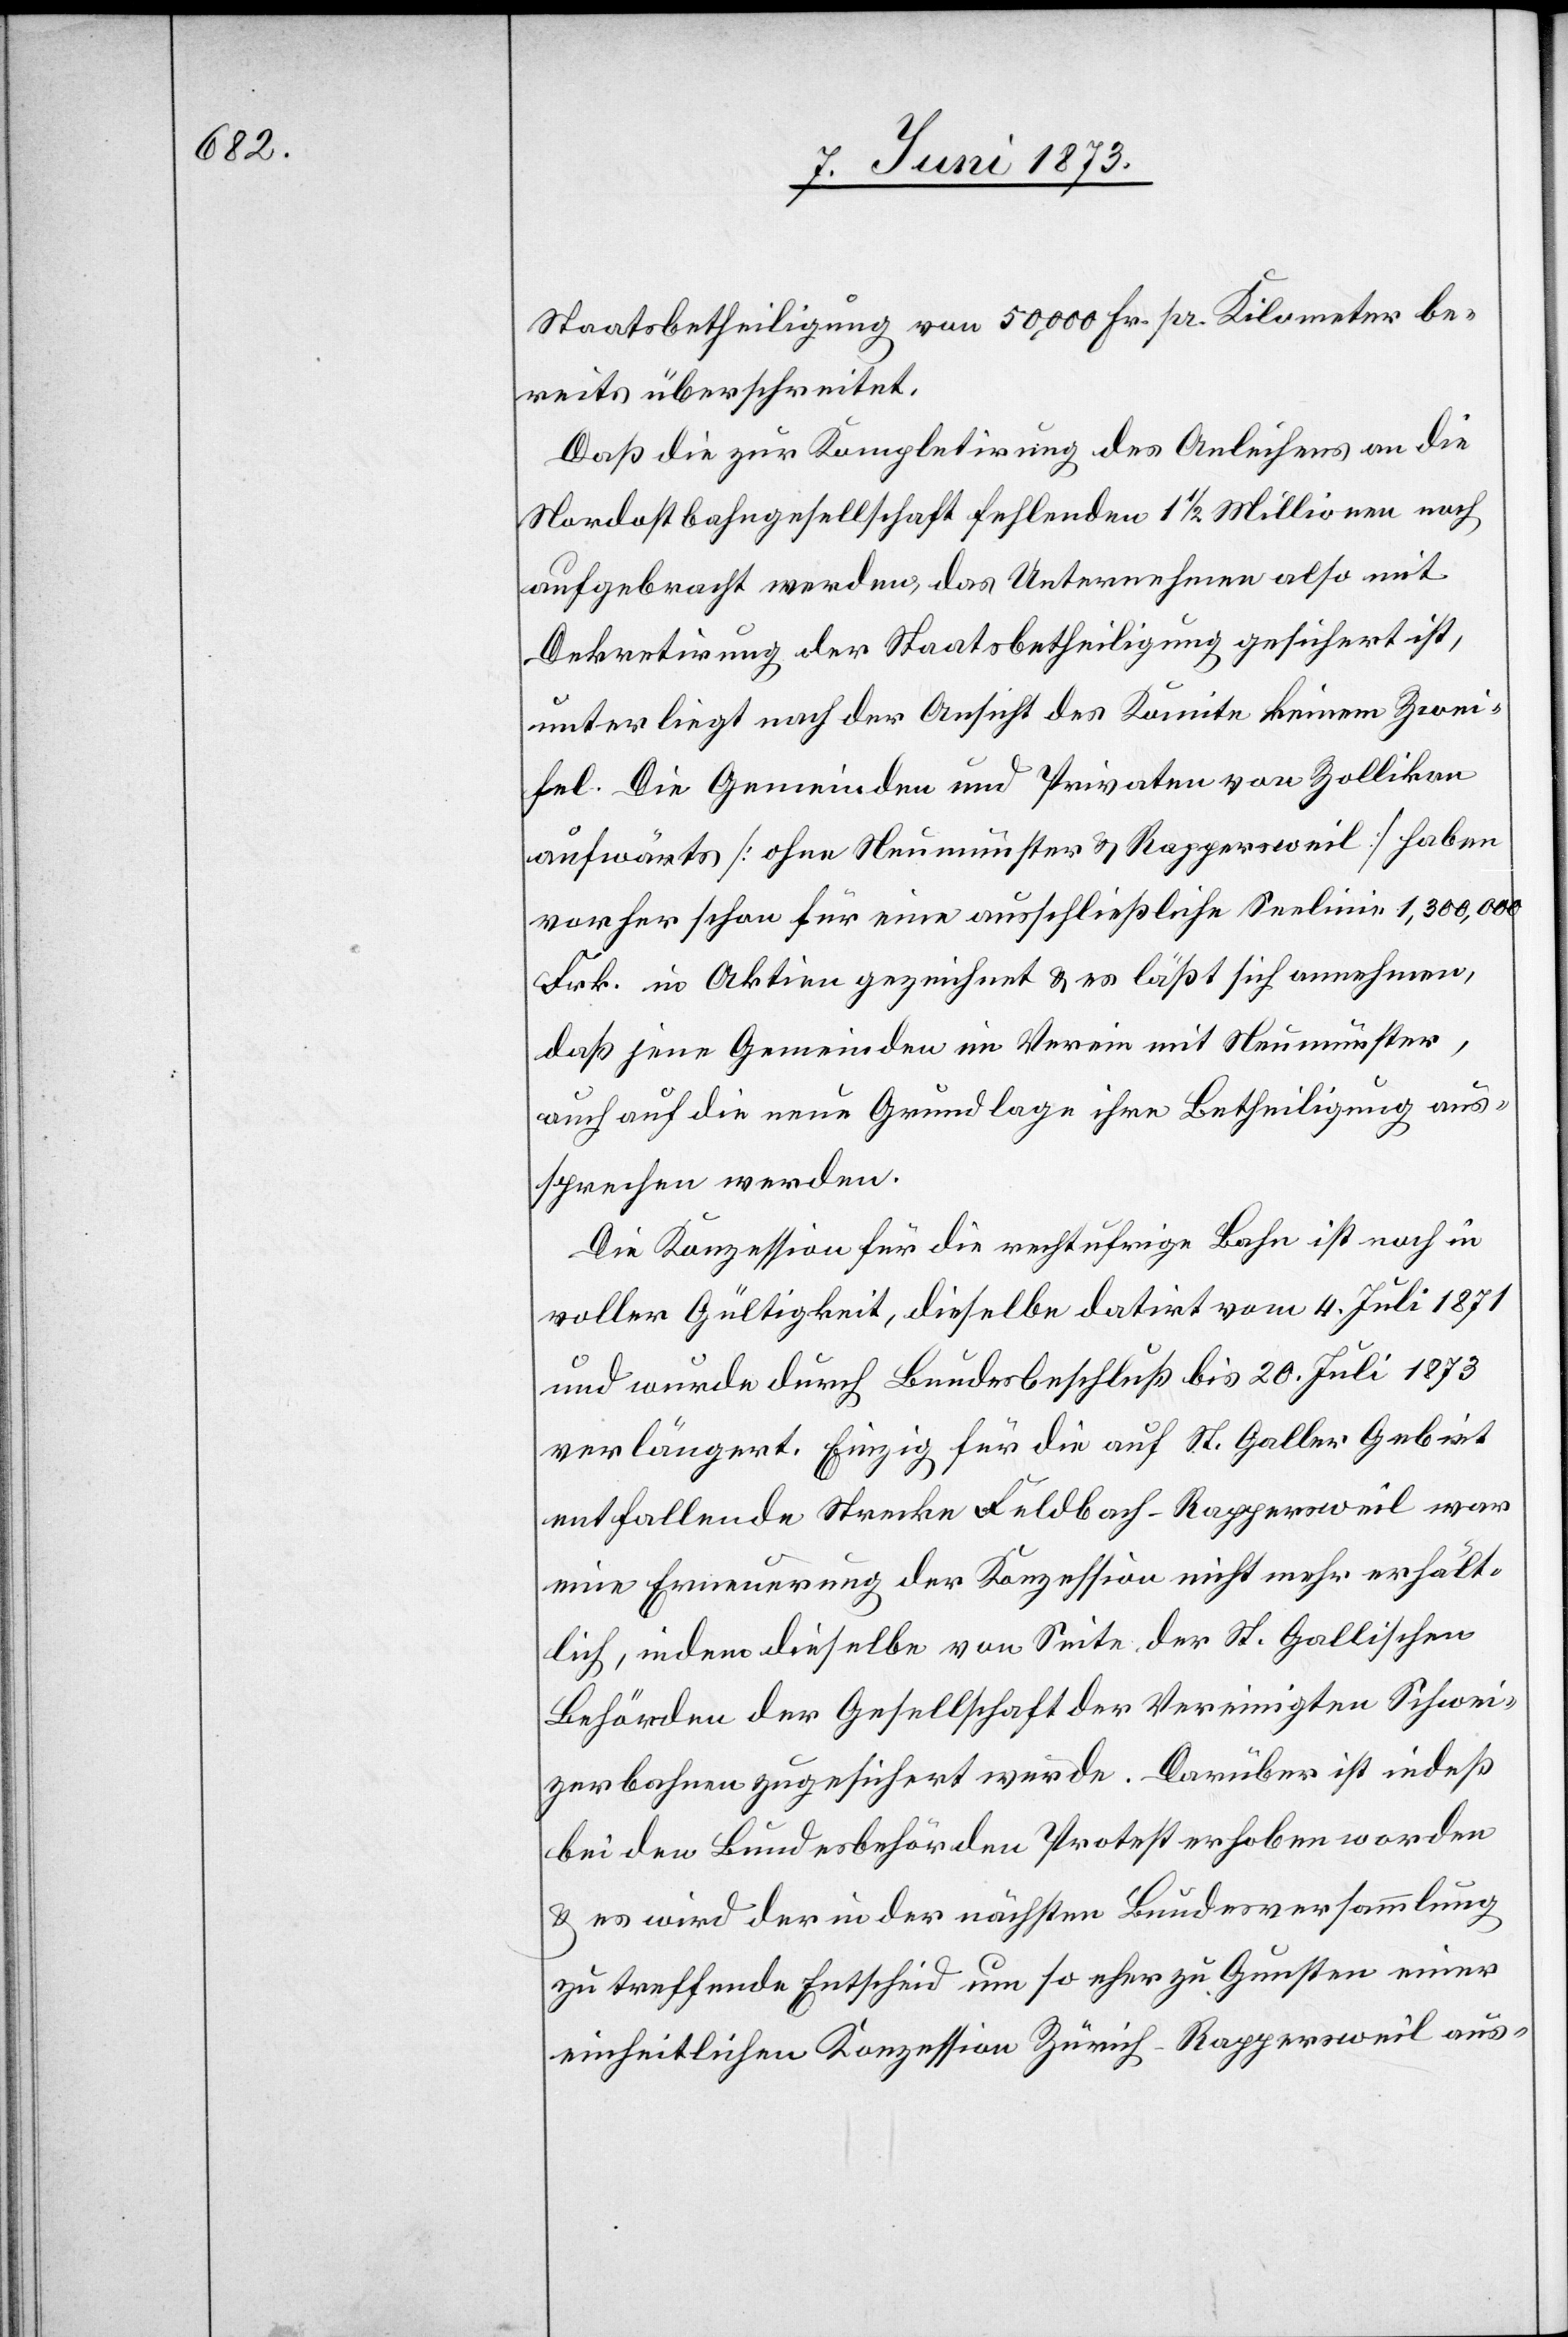
Staatsbetheiligung von 50,000 Fr. pr. Kilometer be¬
reits überschreitet.
Daß die zur Kompletirung des Anleihens an die
Nordostbahngesellschaft fehlenden 1 1/2 Millionen noch
aufgebracht werden, das Unternehmen also mit
Dekretirung der Staatsbetheiligung gesichert ist,
unterliegt nach der Ansicht des Komitee keinem Zwei¬
fel. Die Gemeinden und Privaten von Zollikon
aufwärts [ohne Neumünster & Rappersweil] haben
vorher schon für eine ausschließliche Seelinie 1,300,000
Frk. in Aktien gezeichnet & es läßt sich annehmen,
daß jene Gemeinden im Verein mit Neumünster,
auch auf die neue Grundlage ihre Betheiligung aus¬
sprechen werden.
Die Konzession für die rechtufrige Bahn ist noch in
voller Gültigkeit, dieselbe datirt vom 4. Juli 1871
und wurde durch Bundesbeschluß bis 20. Juli 1873
verlängert. Einzig für die auf St. Galler Gebiet
entfallende Strecke Feldbach–Rappersweil war
eine Erneuerung der Konzession nicht mehr erhält¬
lich, indem dieselbe von Seite der St. Gallischen
Behörden der Gesellschaft der Vereinigten Schwei¬
zerbahnen zugesichert wurde. Darüber ist indeß
bei den Bundesbehörden Protest erhoben worden
& es wird der in der nächsten Bundesversammlung
zu treffende Entscheid um so eher zu Gunsten einer
einheitlichen Konzession Zürich–Rappersweil aus-